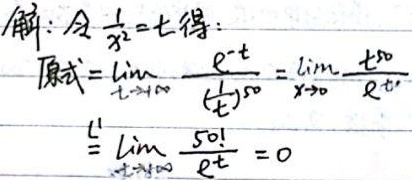
解：令 $\frac{1}{x^{2}} = t$ 得：
原式 $=\lim_{t \to +\infty} \frac{e^{-t}}{t^{50}}=\lim_{t \to +\infty} \frac{t^{50}}{e^{t}}\overset{\text{L'H}}{=}\lim_{t \to +\infty} \frac{50!}{e^{t}} = 0$